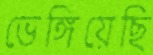
ভেঙ্গিয়েছি